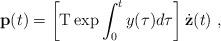
LaTeX: \begin{align*}{\bf p}(t)=\left[{\rm T}\exp \int_{0}^{t}y(\tau)d\tau\right]\dot{\bf z}(t)\ ,\end{align*}